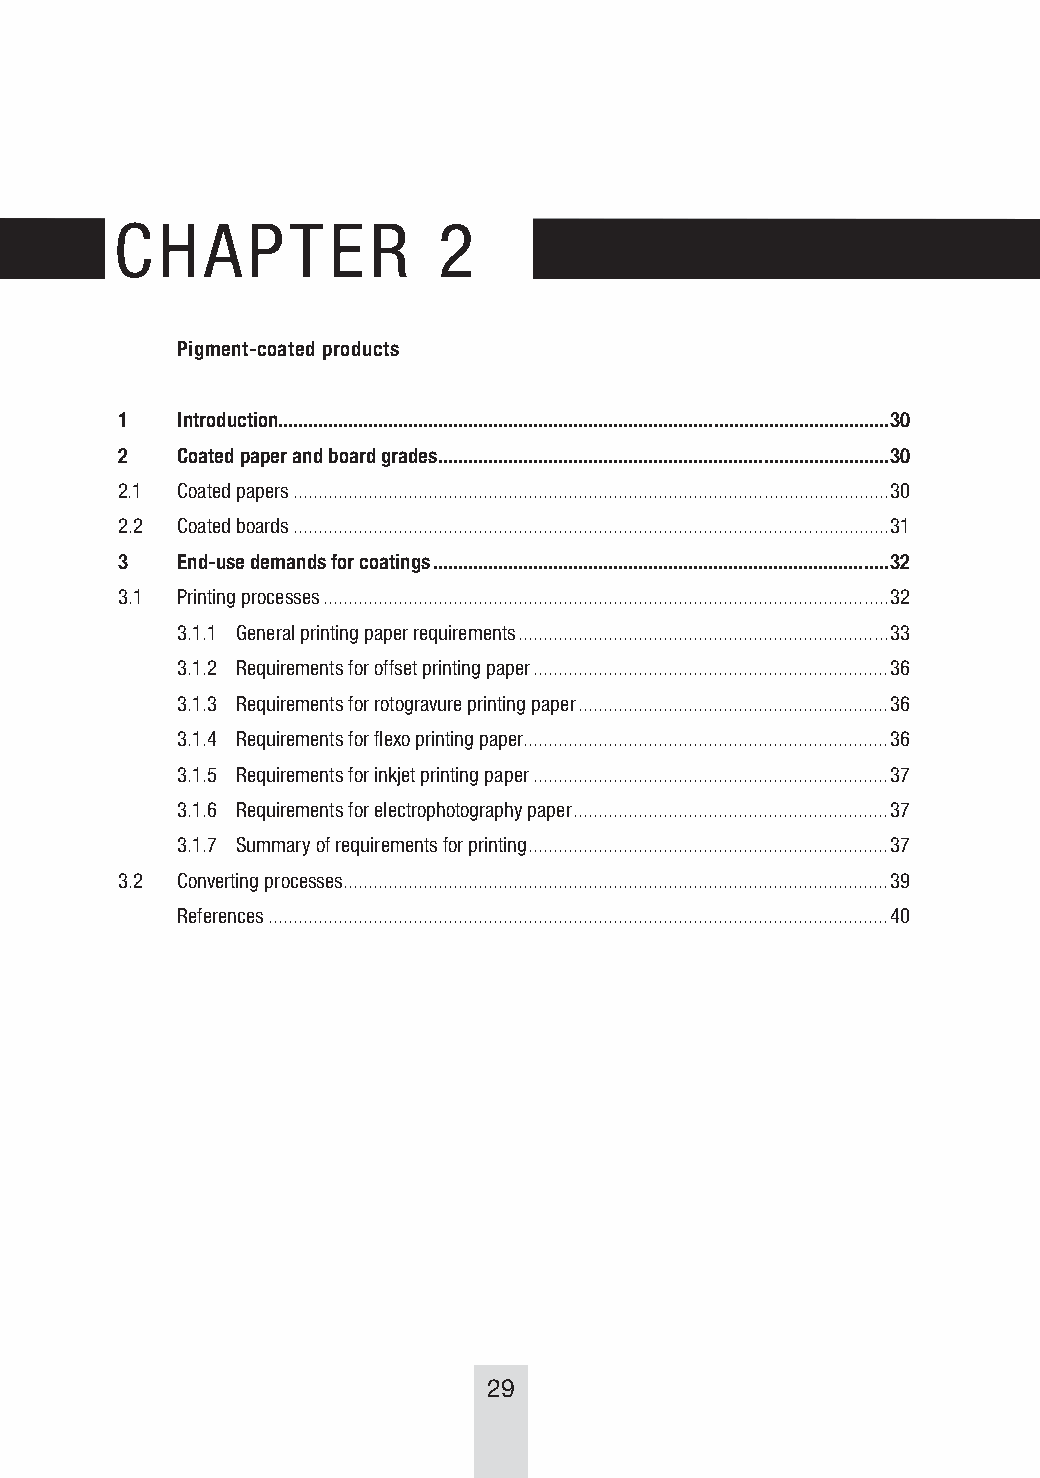
CHAPTER              2
 Pigment-coated products
 1   Introduction..........................................................................................................................30
 2   Coated paper and board grades ..........................................................................................30
 2.1 Coated papers .......................................................................................................................30
 2.2 Coated boards .......................................................................................................................31
 3   End-use demands for coatings ...........................................................................................32
 3.1 Printing processes .................................................................................................................32
 3.1.1 General printing paper requirements ..........................................................................33
 3.1.2 Requirements for offset printing paper .......................................................................36
 3.1.3 Requirements for rotogravure printing paper ..............................................................36
 3.1.4 Requirements for flexo printing paper.........................................................................36
 3.1.5 Requirements for inkjet printing paper .......................................................................37
 3.1.6 Requirements for electrophotography paper ...............................................................37
 3.1.7 Summary of requirements for printing ........................................................................37
 3.2 Converting processes .............................................................................................................39
 References ............................................................................................................................40
 29